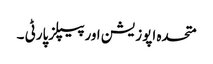
متحدہ اپوزیشن اورپیپلزپارٹی ۔